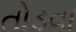
તોડવા